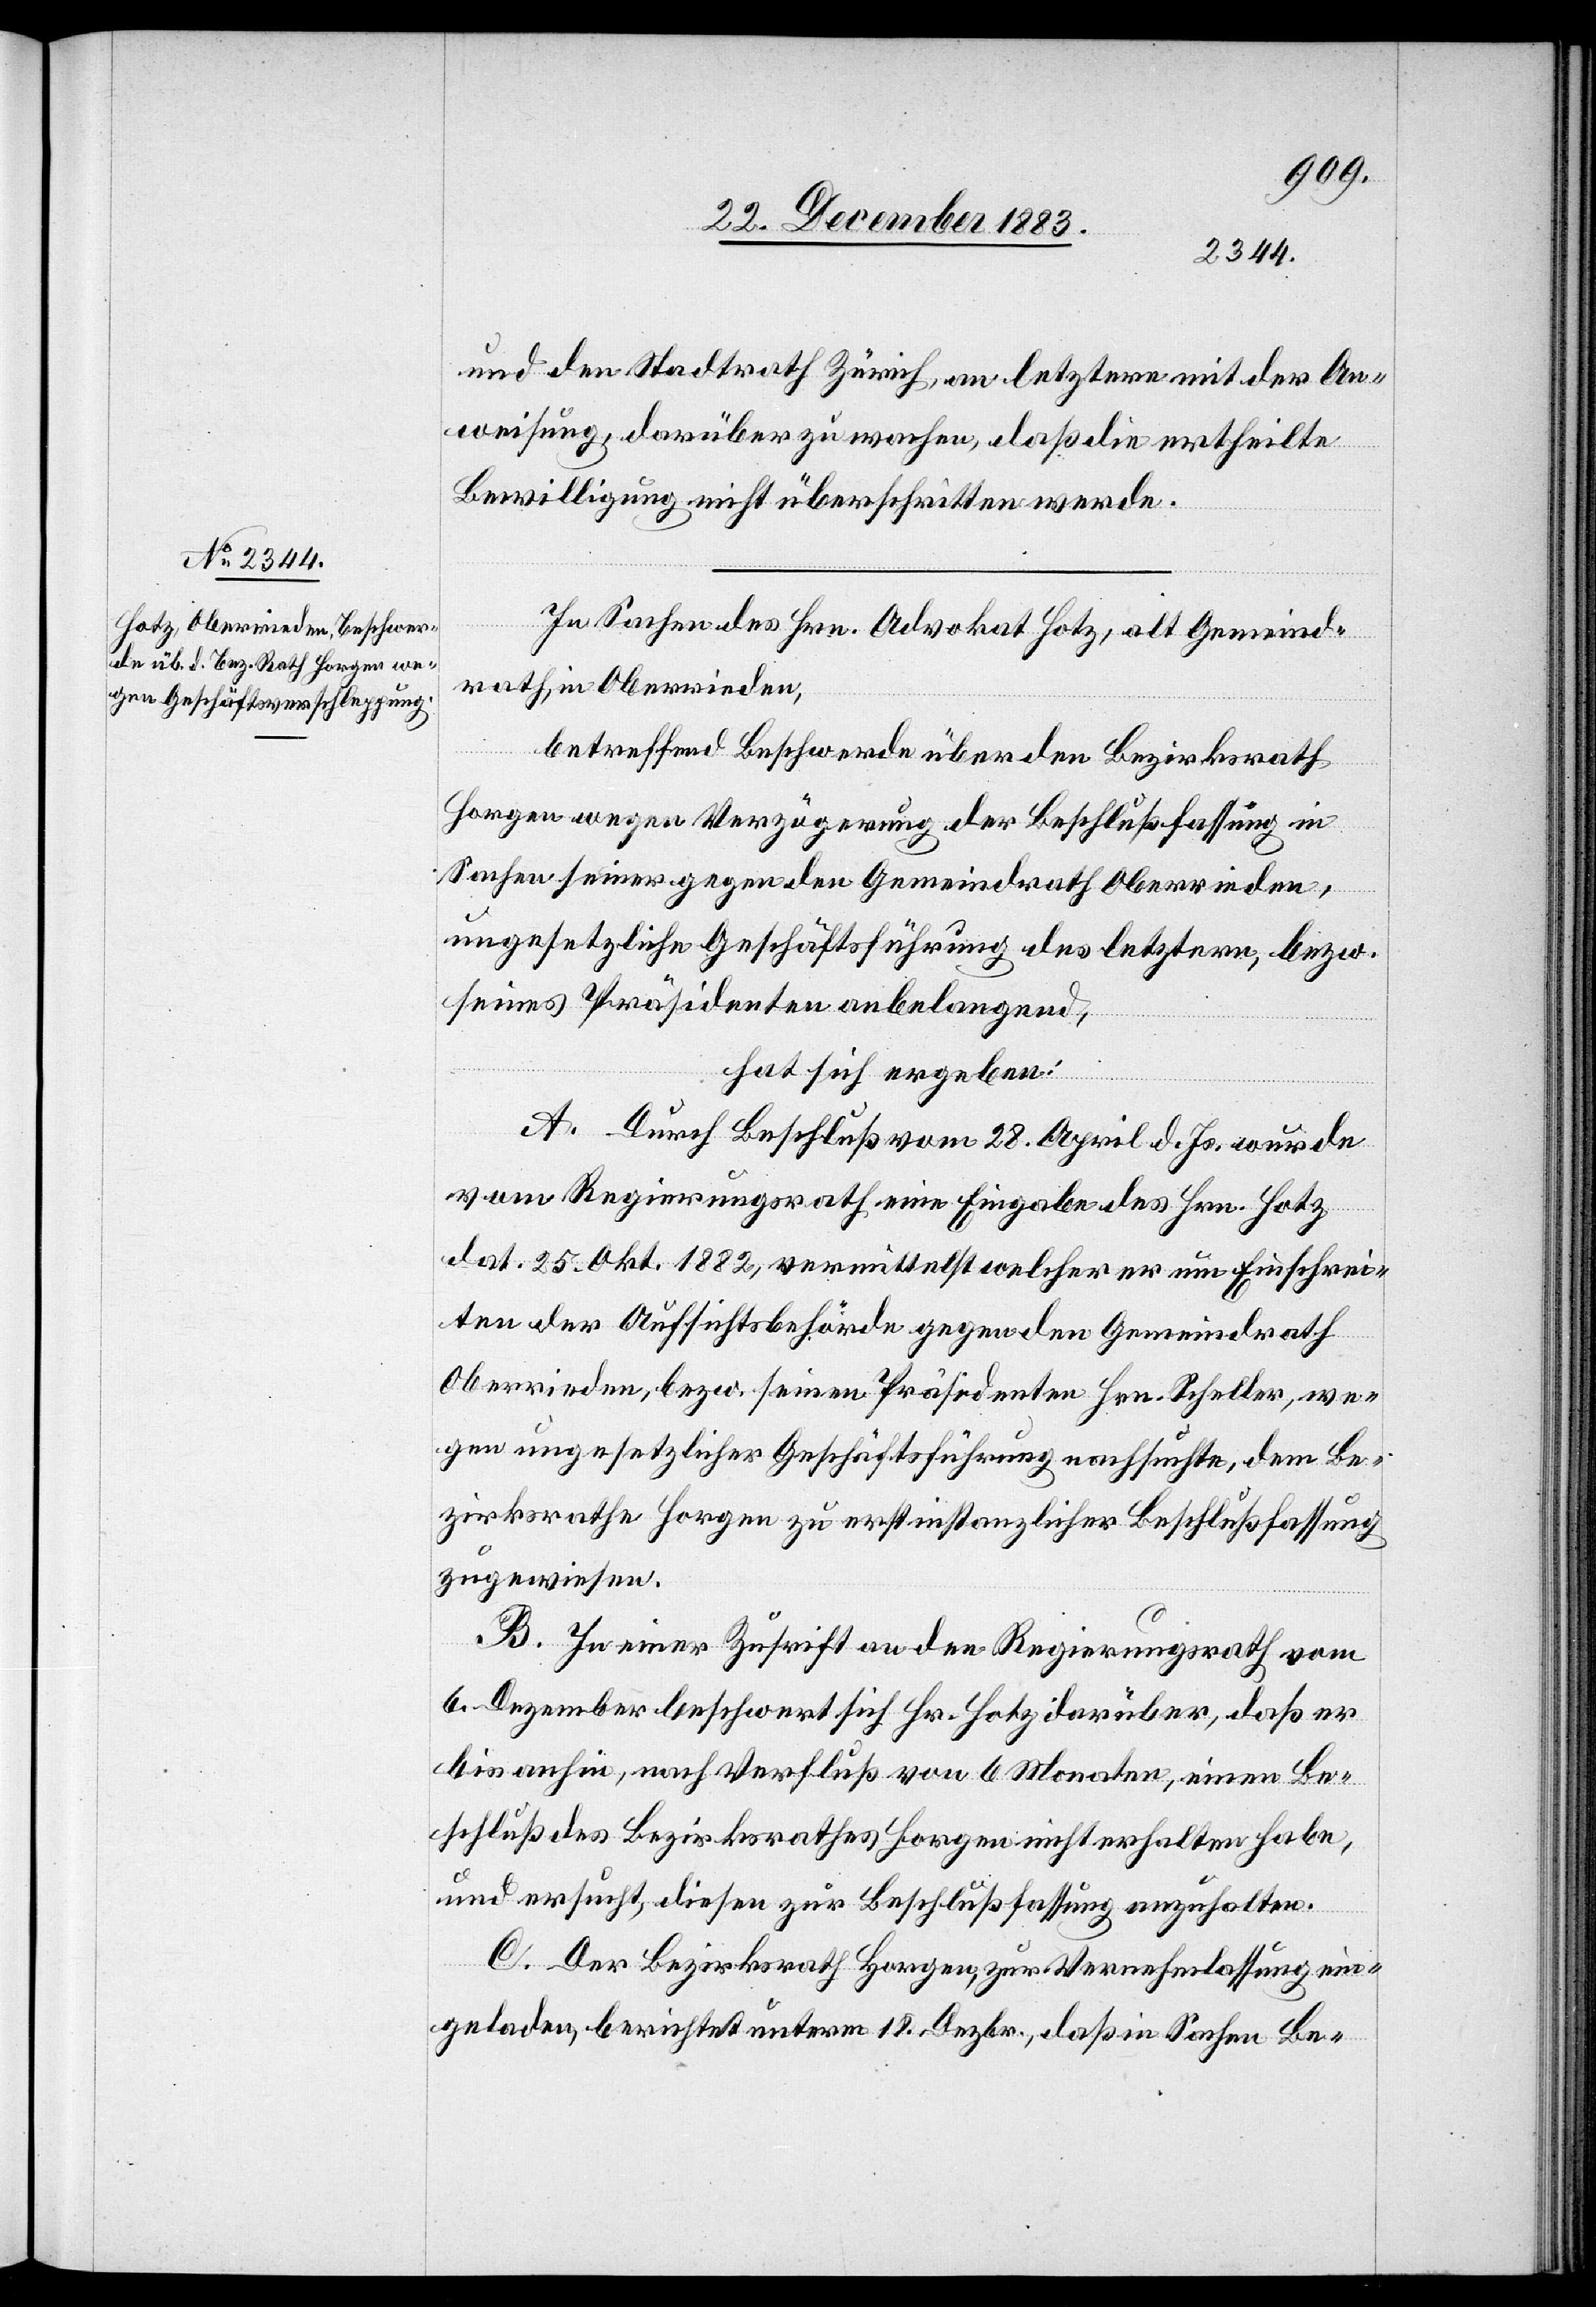
und den Stadtrath Zürich an letztere mit der An¬
weisung, darüber zu wachen, daß die ertheilte
Bewilligung nicht überschritten werde.
In Sachen des Hrn. Advokat Hotz, alt Gemeind¬
rath, in Oberrieden,
betreffend Beschwerde über den Bezirksrath
Horgen wegen Verzögerung der Beschlußfassung in
Sachen seiner gegen den Gemeindrath Oberrieden,
ungesetzliche Geschäftsführung des letztern, bezw.
seines Präsidenten anbelangend,
hat sich ergeben:
A. Durch Beschluß vom 28. April d. Js. wurde
vom Regierungsrath eine Eingabe des Hrn. Hotz
dat. 25. Okt. 1882, vermittelst welcher er um Einschrei¬
ten der Aufsichtsbehörde gegen den Gemeindrath
Oberrieden, bezw. seinen Präsidenten Hrn. Scheller, we¬
gen ungesetzlicher Geschäftsführung nachsuchte, dem Be¬
zirksrathe Horgen zu erstinstanzlicher Beschlußfassung
zugewiesen.
B. In einer Zuschrift an den Regierungsrath vom
6. Dezember beschwert sich Hr. Hotz darüber, daß er
bis anhin, nach Verfluß von 6 Monaten, einen Be¬
schluß des Bezirksrathes Horgen nicht erhalten habe,
und ersucht, diesen zur Beschlußfassung anzuhalten.
C. Der Bezirksrath Horgen, zur Vernehmlassung ein¬
geladen, berichtet unterm 18. Dezbr., daß in Sachen Be-